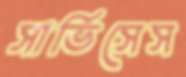
সার্ভিসেস